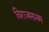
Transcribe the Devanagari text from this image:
विराजमानम